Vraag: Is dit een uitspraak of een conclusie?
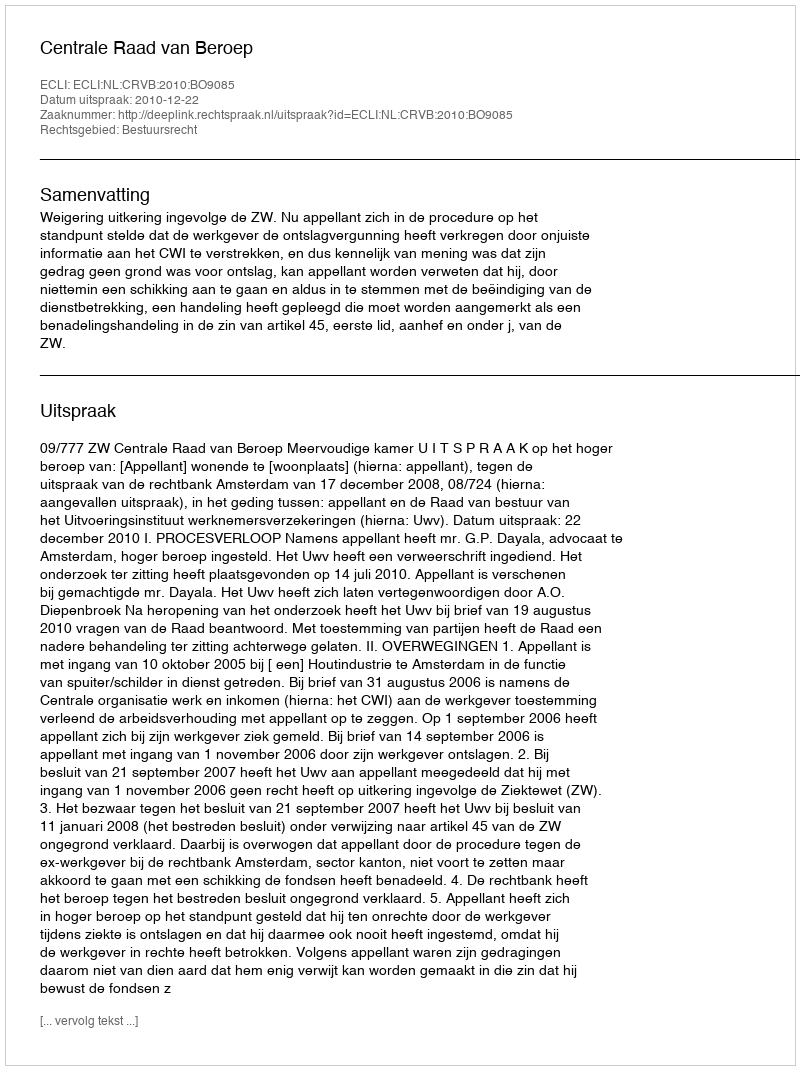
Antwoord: Uitspraak